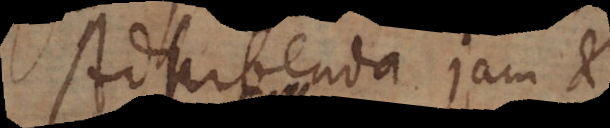
Adhibenda jam et